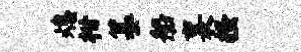
熄柑纂船襄搔